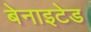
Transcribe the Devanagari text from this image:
बेनाइटेड